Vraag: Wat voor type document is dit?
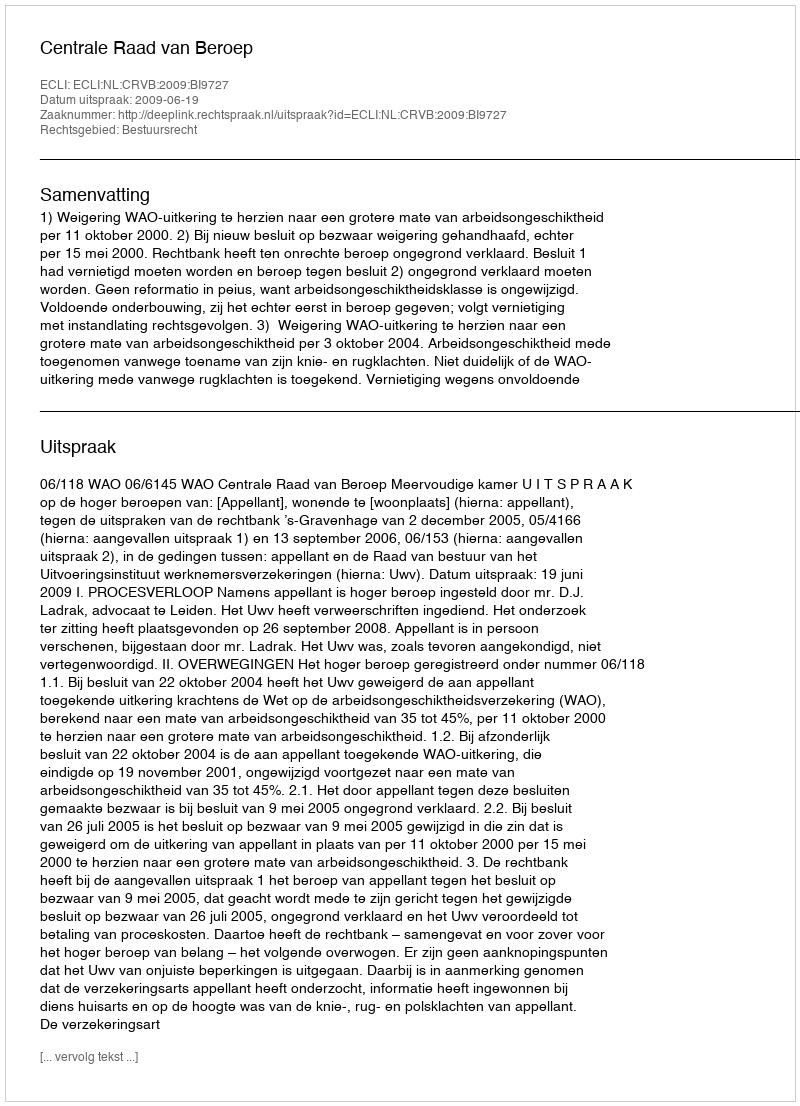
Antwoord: Uitspraak